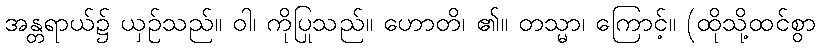
အန္တရာယ်၌ ယှဉ်သည်။ ဝါ၊ ကိုပြုသည်။ ဟောတိ၊ ၏။ တသ္မာ၊ ကြောင့်။ (ထိုသို့ထင်စွာ